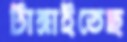
টাঙ্গাইতেছ